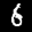
Label: 6